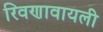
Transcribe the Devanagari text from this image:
रिवणावायली